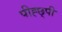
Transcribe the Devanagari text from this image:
पीह्छ्पी